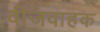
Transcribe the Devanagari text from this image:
वीजवाहक